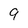
Character: 9